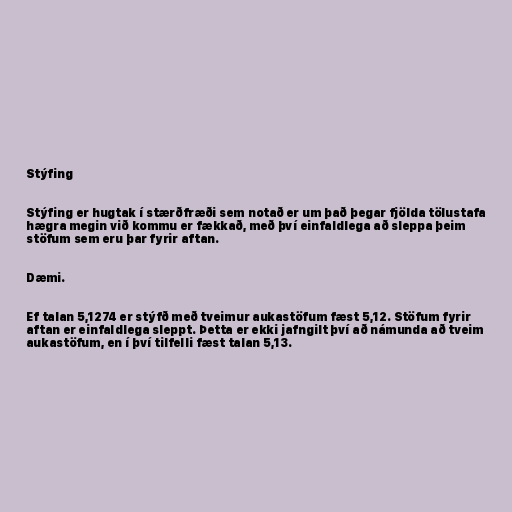
Stýfing

Stýfing er hugtak í stærðfræði sem notað er um það þegar fjölda tölustafa
hægra megin við kommu er fækkað, með því einfaldlega að sleppa þeim
stöfum sem eru þar fyrir aftan.

Dæmi.

Ef talan 5,1274 er stýfð með tveimur aukastöfum fæst 5,12. Stöfum fyrir
aftan er einfaldlega sleppt. Þetta er ekki jafngilt því að námunda að tveim
aukastöfum, en í því tilfelli fæst talan 5,13.